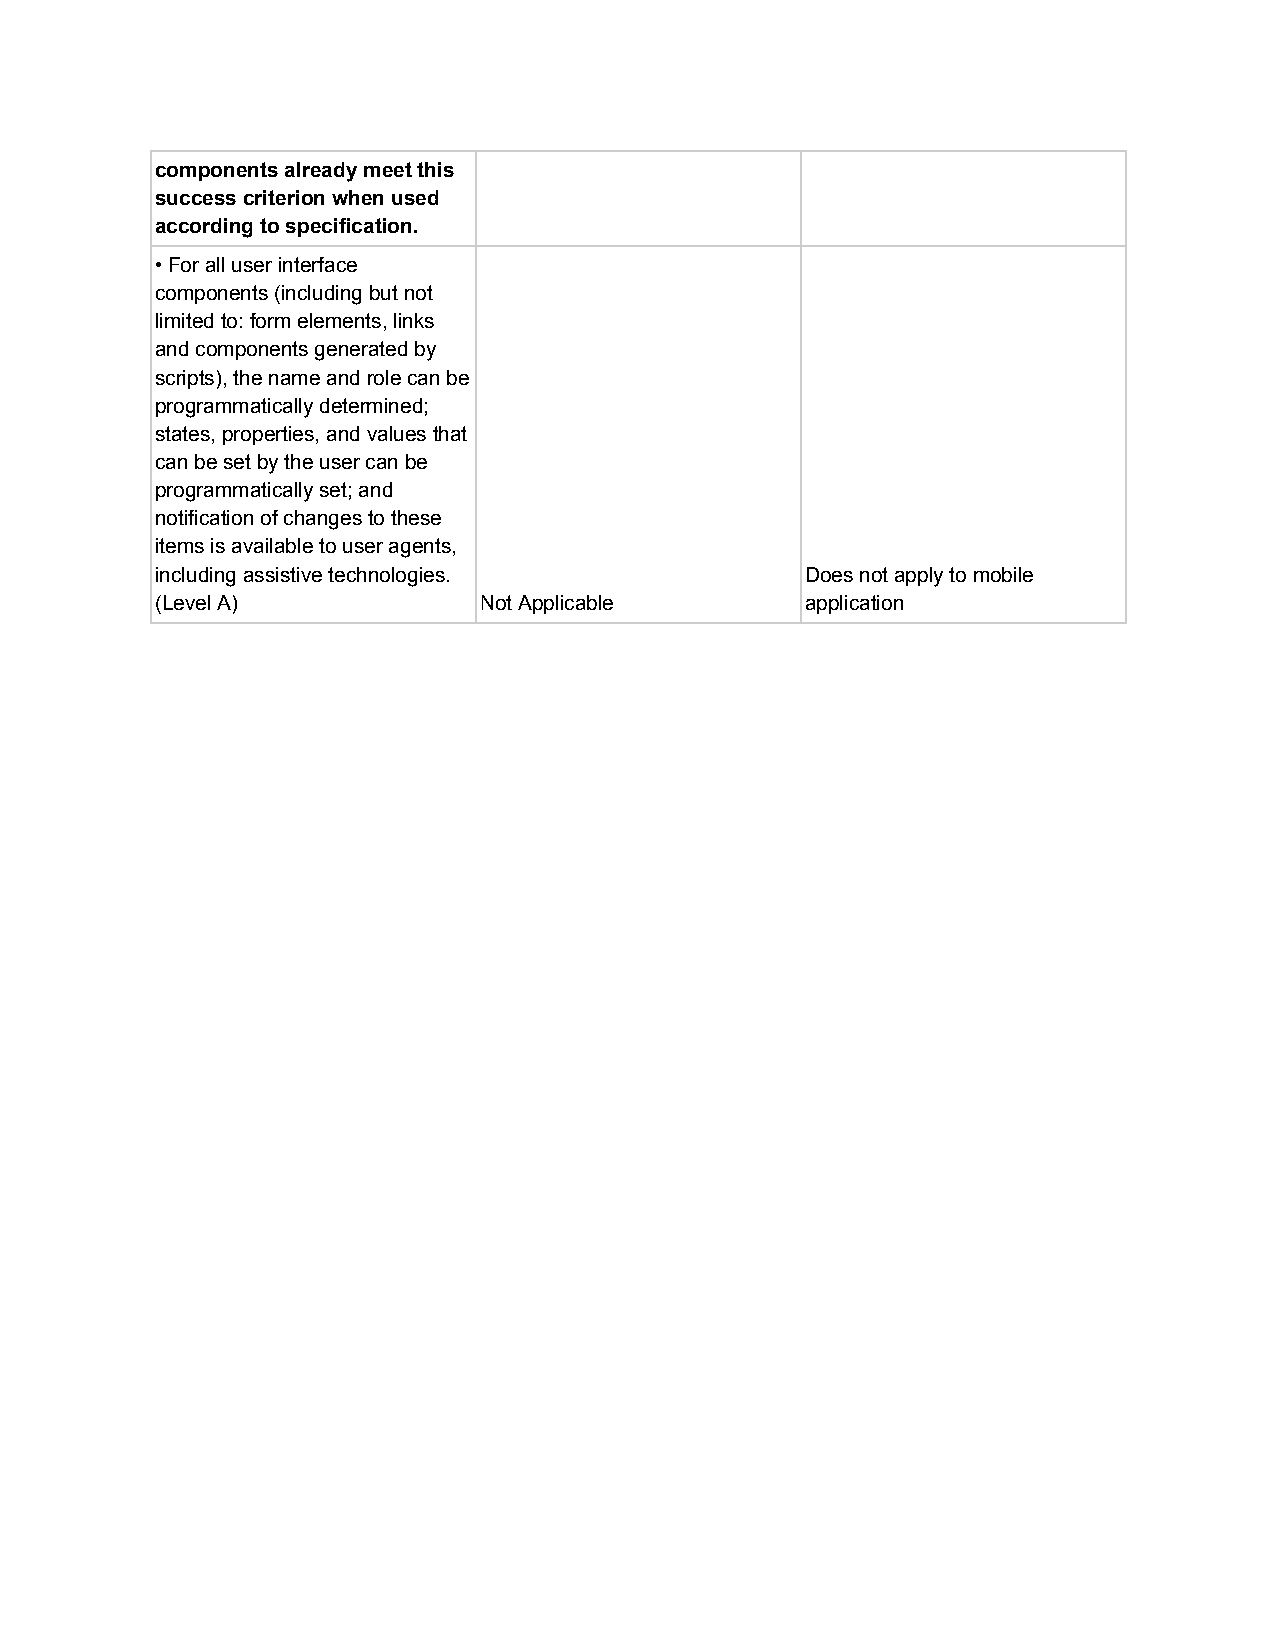
components already meet this
 success criterion when used
 according to specification.
 • For all user interface
 components (including but not
 limited to: form elements, links
 and components generated by
 scripts), the name and role can be
 programmatically determined;
 states, properties, and values that
 can be set by the user can be
 programmatically set; and
 notification of changes to these
 items is available to user agents,
 including assistive technologies.          Does not apply to mobile
 (Level A)             Not Applicable       application